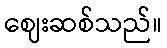
ဈေးဆစ်သည်။